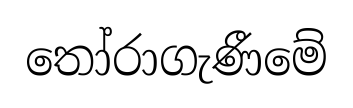
තෝරාගැණීමේ